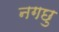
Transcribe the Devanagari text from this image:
नगछु